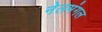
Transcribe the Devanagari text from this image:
नेलमंगल